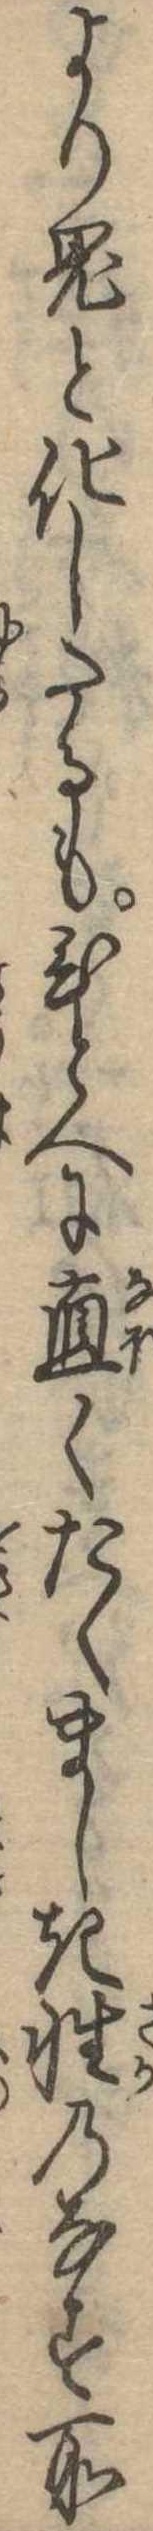
より鬼と化したるもひとへに直くたくましき性のなす所